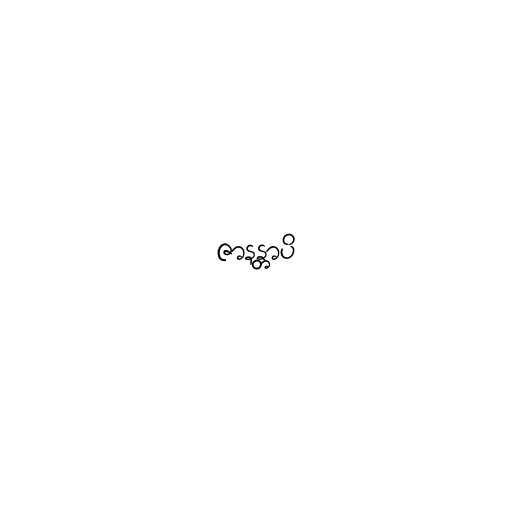
ဇာနန္တာပိ